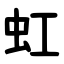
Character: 虹